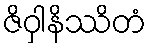
ဇိဝှါနိဿိတံ